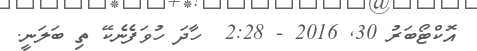
އޮކްޓޯބަރު 30